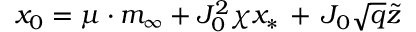
x _ { 0 } = \mu \cdot m _ { \infty } + J _ { 0 } ^ { 2 } \chi x _ { * } \, + \, J _ { 0 } \sqrt { q } \tilde { z }